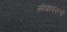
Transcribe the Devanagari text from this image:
संघापरत्वे